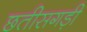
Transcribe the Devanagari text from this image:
छतीसगड़ी